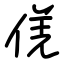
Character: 𠊡